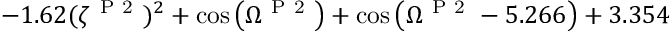
- 1 . 6 2 ( \zeta ^ { \mathrm { ~ P ~ 2 ~ } } ) ^ { 2 } + \cos { \left( \Omega ^ { \mathrm { ~ P ~ 2 ~ } } \right) } + \cos { \left( \Omega ^ { \mathrm { ~ P ~ 2 ~ } } - 5 . 2 6 6 \right) } + 3 . 3 5 4